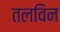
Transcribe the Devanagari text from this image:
तलविन